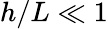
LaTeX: h/L\ll 1